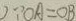
\because O A = O B